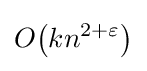
O{\mathord {\left(kn^{2+\varepsilon }\right)}}